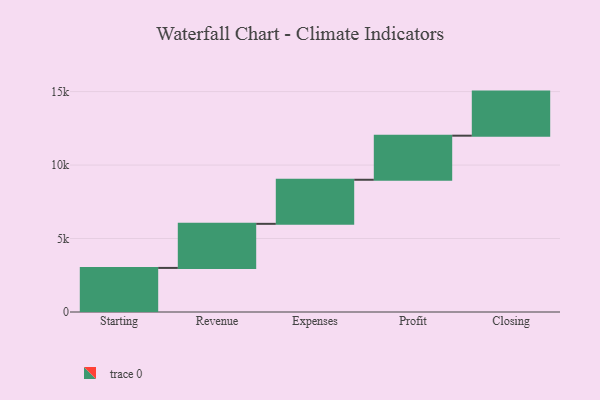
{"axis": {"x": "Step", "y": "Value"}, "legend": [""], "data": [{"x": "Starting", "y": 3000, "type": ""}, {"x": "Revenue", "y": 3000, "type": ""}, {"x": "Expenses", "y": 3000, "type": ""}, {"x": "Profit", "y": 3000, "type": ""}, {"x": "Closing", "y": 3000, "type": ""}]}